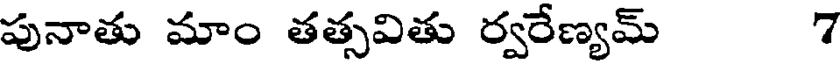
పునాతు మాం తత్సవితు ర్వరేణ్యమ్ 7